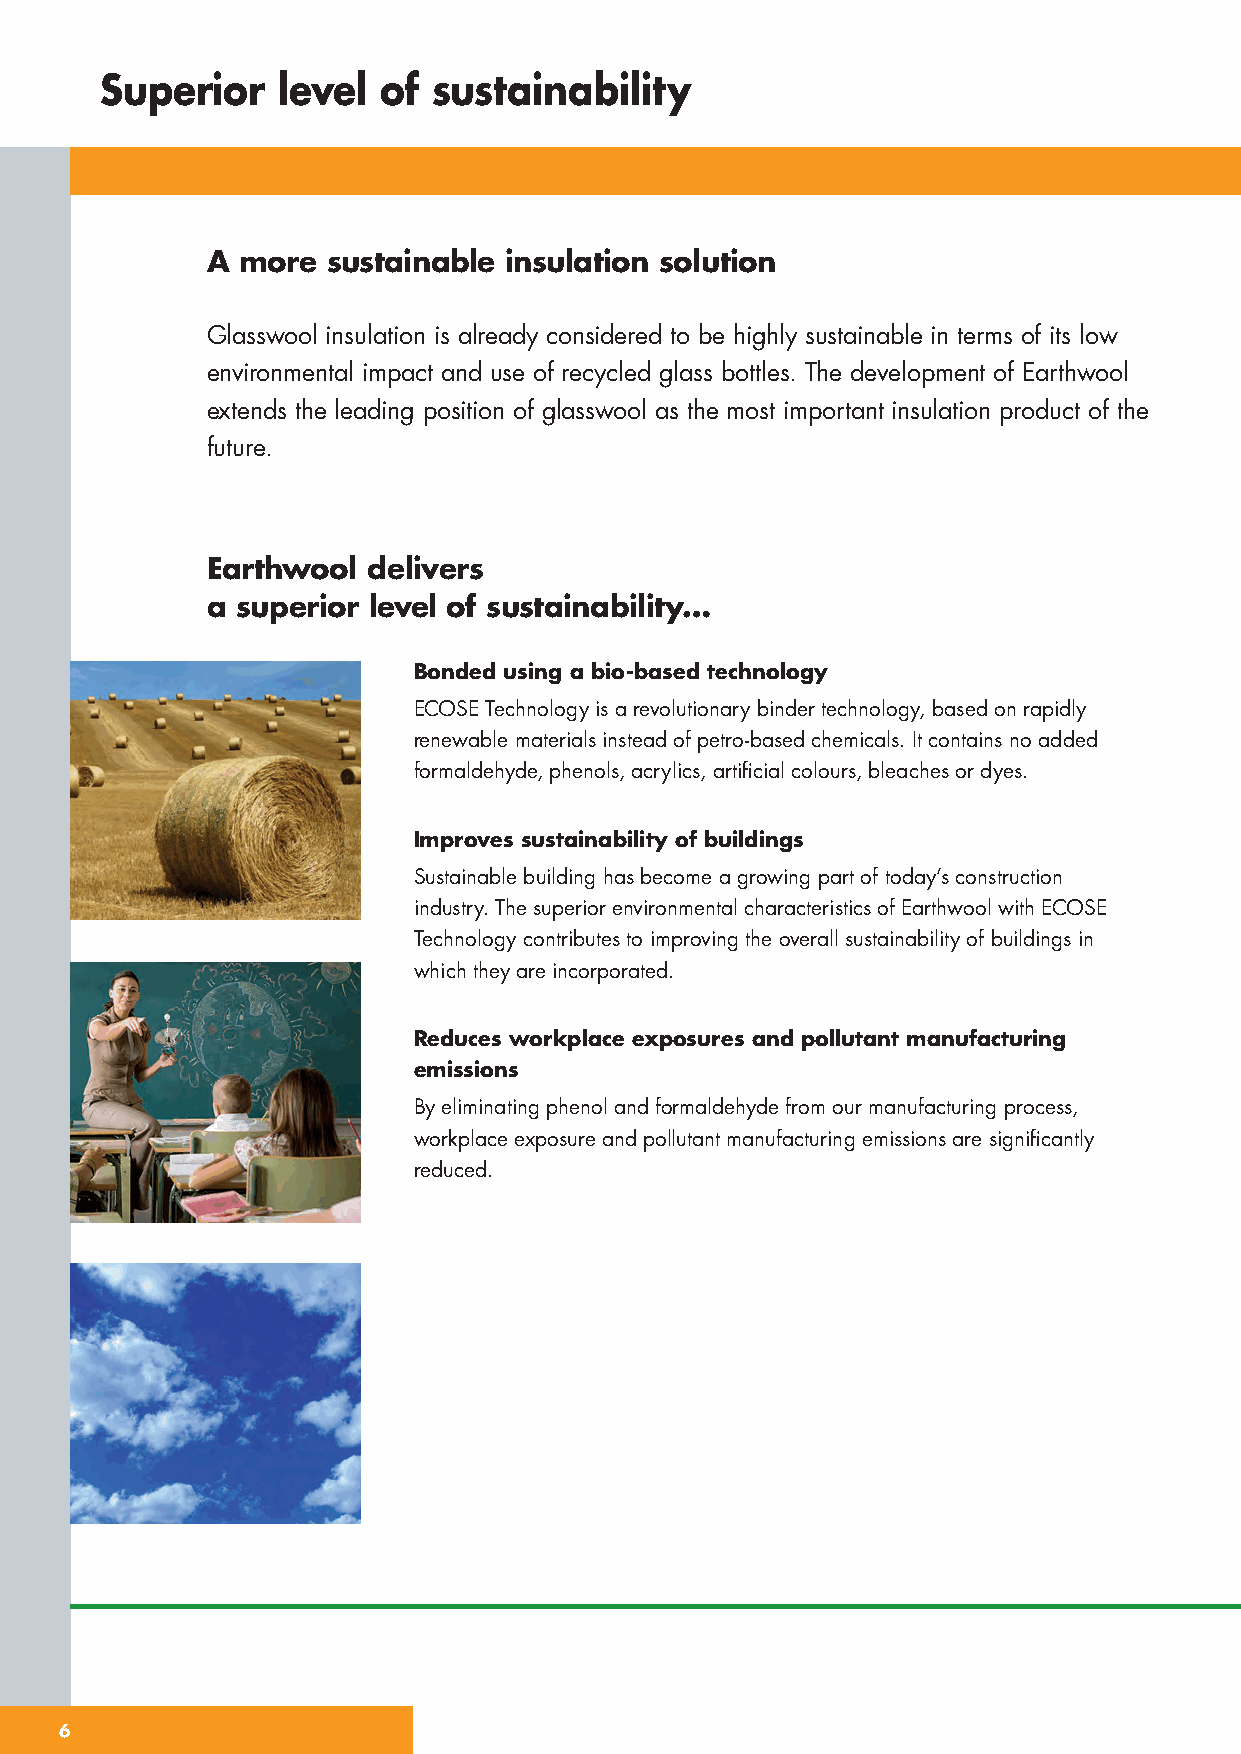
Superior   level  of  sustainability
 A more  sustainable insulation solution
 Glasswool insulation is already considered to be highly sustainable in terms of its low
 environmental impact and use of recycled glass bottles. The development of Earthwool
 extends the leading position of glasswool as the most important insulation product of the
 future.
 Earthwool delivers
 a superior level of sustainability…
 Bonded using a bio-based technology
 ECOSE Technology is a revolutionary binder technology, based on rapidly
 renewable materials instead of petro-based chemicals. It contains no added
 formaldehyde, phenols, acrylics, artificial colours, bleaches or dyes.
 Improves sustainability of buildings
 Sustainable building has become a growing part of today’s construction
 industry. The superior environmental characteristics of Earthwool with ECOSE
 Technology contributes to improving the overall sustainability of buildings in
 which they are incorporated.
 Reduces workplace exposures and pollutant manufacturing
 emissions
 By eliminating phenol and formaldehyde from our manufacturing process,
 workplace exposure and pollutant manufacturing emissions are significantly
 reduced.
 66